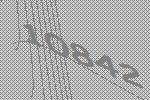
10842